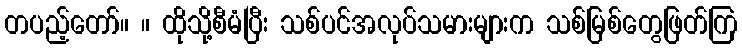
တပည့်တော်။ ။ ထိုသို့စီမံပြီး သစ်ပင်အလုပ်သမားများက သစ်မြစ်တွေဖြတ်ကြ